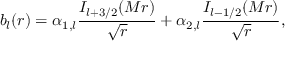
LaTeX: b _ { l } ( r ) = \alpha _ { 1 , l } { \frac { I _ { l + 3 / 2 } ( M r ) } { \sqrt { r } } } + \alpha _ { 2 , l } { \frac { I _ { l - 1 / 2 } ( M r ) } { \sqrt { r } } } ,